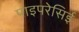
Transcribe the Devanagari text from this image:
पाइपरेसिई